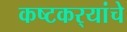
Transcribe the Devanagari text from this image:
कष्टकर्‍यांचे